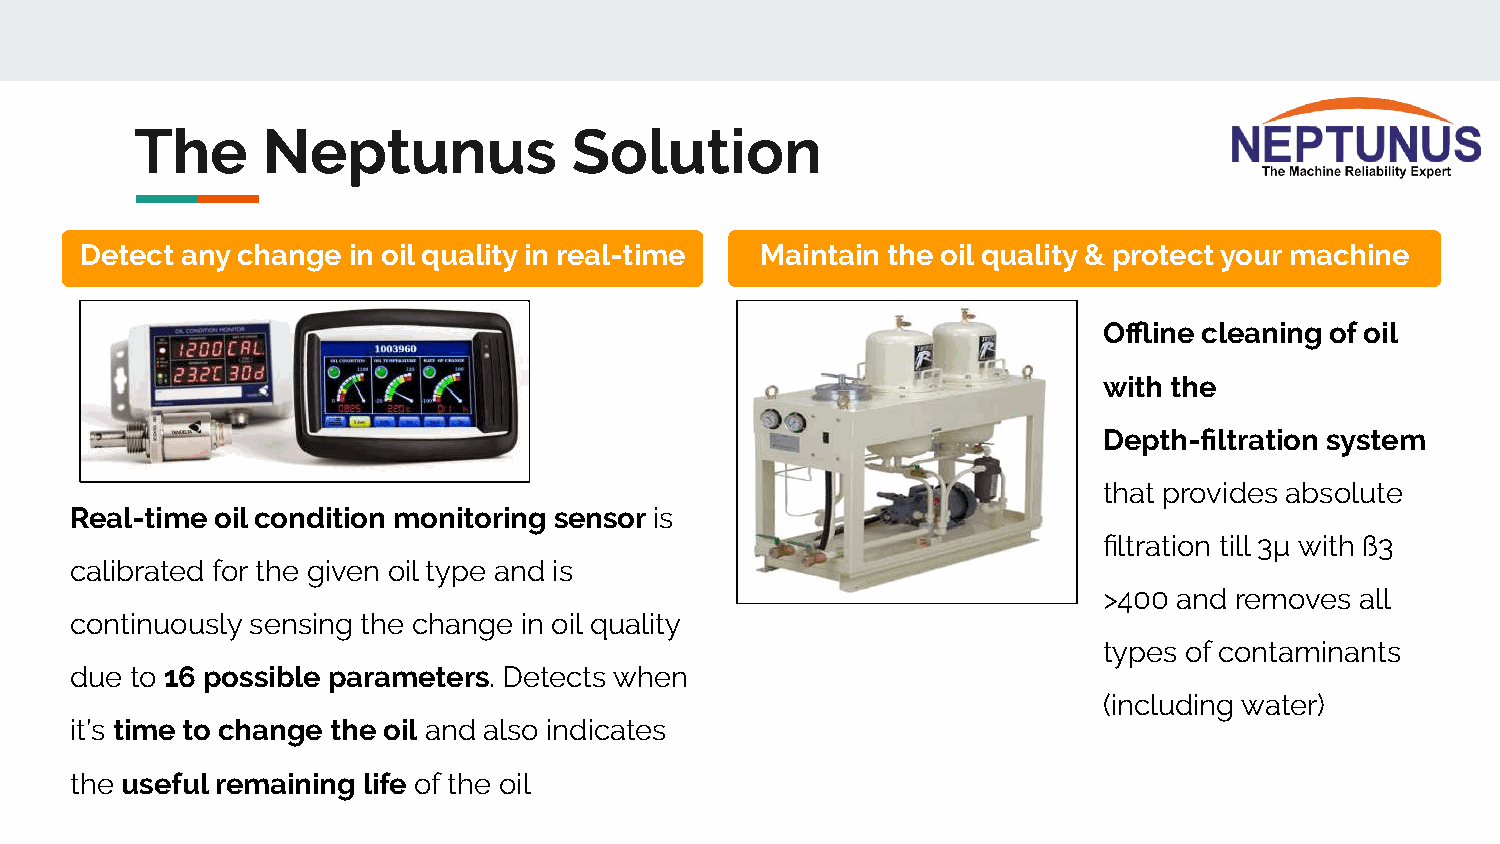
The     Neptunus             Solution
 Detect any change in oil quality in real-time Maintain the oil quality & protect your machine
 Offline cleaning of oil
 with the
 Depth-filtration system
 that provides absolute
 Real-time oil condition monitoring sensor is
 filtration till 3μ with ß3
 calibrated for the given oil type and is
 >400 and removes all
 continuously sensing the change in oil quality
 types of contaminants
 due to 16 possible parameters. Detects when
 (including water)
 it’s time to change the oil and also indicates
 the useful remaining life of the oil